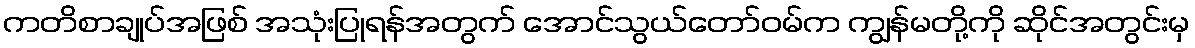
ကတိစာချုပ်အဖြစ် အသုံးပြုရန်အတွက် အောင်သွယ်တော်ဝမ်က ကျွန်မတို့ကို ဆိုင်အတွင်းမှ